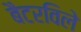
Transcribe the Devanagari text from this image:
बैटरविले